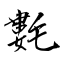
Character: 氀